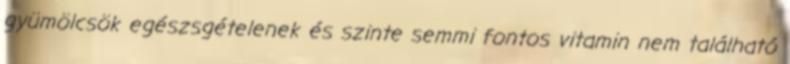
gyümölcsök egészsgételenek és szinte semmi fontos vitamin nem található